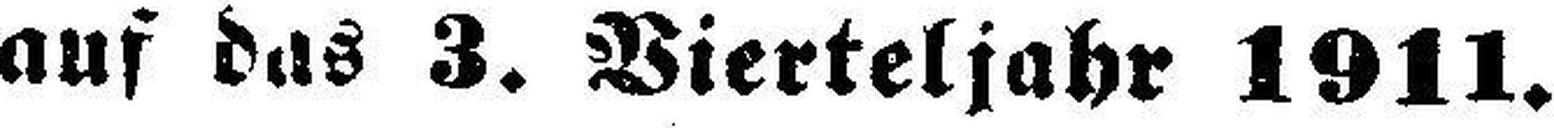
auf das 3. Vierteljahr 1911.